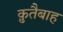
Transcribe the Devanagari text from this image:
क़ुतैबाह